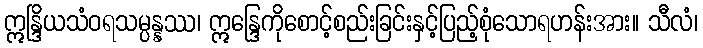
ဣန္ဒြိယသံဝရသမ္ပန္နဿ၊ ဣန္ဒြေကိုစောင့်စည်းခြင်းနှင့်ပြည့်စုံသောရဟန်းအား။ သီလံ၊